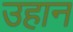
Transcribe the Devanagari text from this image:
उहान